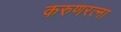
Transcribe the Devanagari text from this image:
करुणरत्ना